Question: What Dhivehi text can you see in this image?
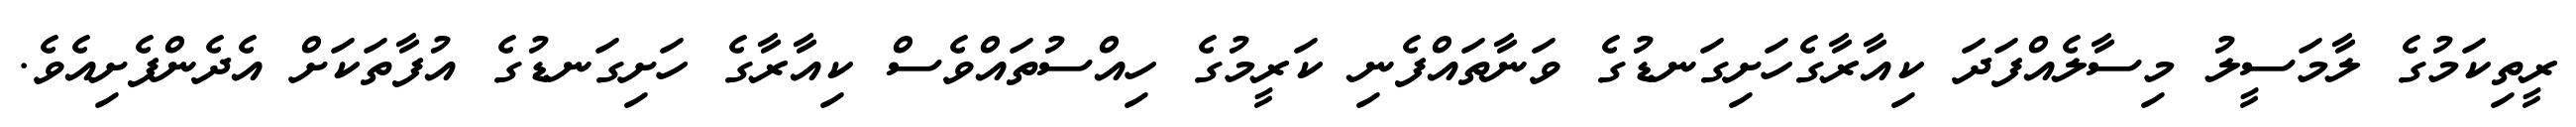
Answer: ރީތިކަމުގެ ލާމަސީލު މިސާލެއްފަދަ ކިއާރާގެހަށިގަނޑުގެ ވަނާތައްފެނި ކަރީމުގެ ހިއްސުތައްވެސް ކިއާރާގެ ހަށިގަނޑުގެ އުފާތަކަށް އެދެންފެށިއެވެ.